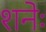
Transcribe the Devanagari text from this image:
शनेः